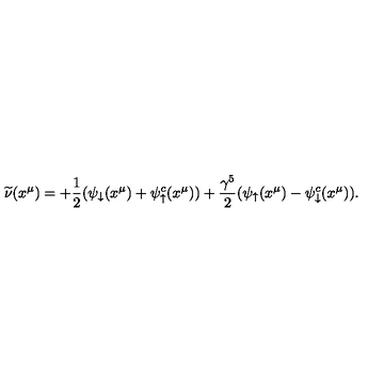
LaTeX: \widetilde \nu ( x ^ { \mu } ) = + { \frac { 1 } { 2 } } ( \psi _ { \downarrow } ( x ^ { \mu } ) + \psi _ { \uparrow } ^ { c } ( x ^ { \mu } ) ) + { \frac { \gamma ^ { 5 } } { 2 } } ( \psi _ { \uparrow } ( x ^ { \mu } ) - \psi _ { \downarrow } ^ { c } ( x ^ { \mu } ) ) .